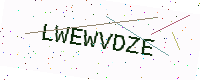
Text: LWEWVDZE